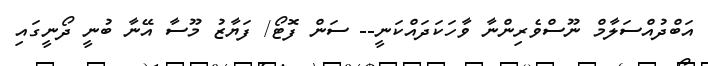
އަބްދުއްސަލާމް ނޫސްވެރިންނާ ވާހަކަދައްކަނީ-- ސަން ފޮޓޯ/ ފަޔާޒު މޫސާ އޭނާ ބުނީ ދޯނީގައި